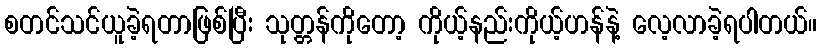
စတင်သင်ယူခဲ့ရတာဖြစ်ပြီး သုတ္တန်ကိုတော့ ကိုယ့်နည်းကိုယ့်ဟန်နဲ့ လေ့လာခဲ့ရပါတယ်။